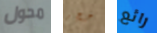
محول جنجر رائع